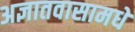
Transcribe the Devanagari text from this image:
अज्ञातवासामधे